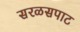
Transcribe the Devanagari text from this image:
सरळसपाट